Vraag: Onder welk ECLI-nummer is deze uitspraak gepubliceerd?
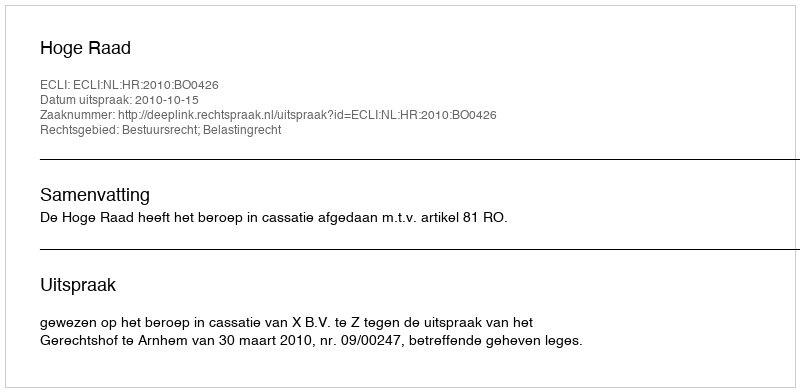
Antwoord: ECLI:NL:HR:2010:BO0426